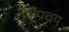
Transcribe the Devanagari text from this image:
चयोपचय